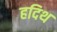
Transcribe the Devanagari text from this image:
हदिथ